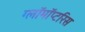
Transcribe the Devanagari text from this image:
ग्लॉमॉप्टरिस